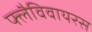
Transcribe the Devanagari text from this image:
फ्लैविवायरस